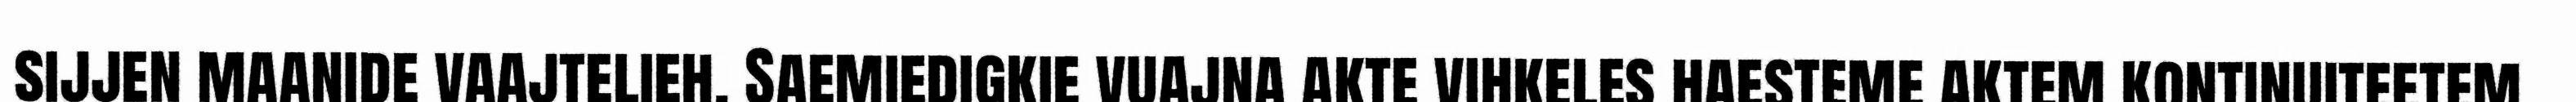
sijjen maanide vaajtelieh. Saemiedigkie vuajna akte vihkeles haesteme aktem kontinuiteetem